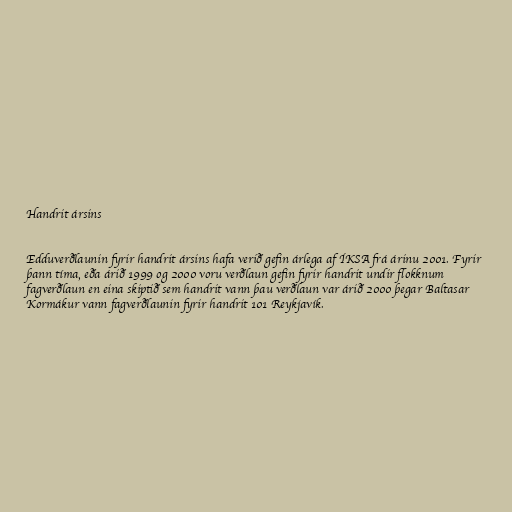
Handrit ársins

Edduverðlaunin fyrir handrit ársins hafa verið gefin árlega af ÍKSA frá árinu 2001. Fyrir
þann tíma, eða árið 1999 og 2000 voru verðlaun gefin fyrir handrit undir flokknum
fagverðlaun en eina skiptið sem handrit vann þau verðlaun var árið 2000 þegar Baltasar
Kormákur vann fagverðlaunin fyrir handrit 101 Reykjavík.